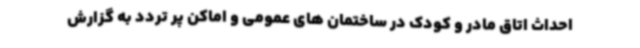
احداث اتاق مادر و کودک در ساختمان های عمومی و اماکن پر تردد به گزارش